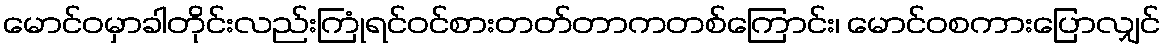
မောင်ဝမှာခါတိုင်းလည်းကြုံရင်ဝင်စားတတ်တာကတစ်ကြောင်း၊ မောင်ဝစကားပြောလျှင်